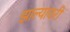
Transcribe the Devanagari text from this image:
झाल्यावरी